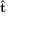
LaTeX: \hat { \mathbf { t } }